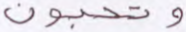
وتحبون